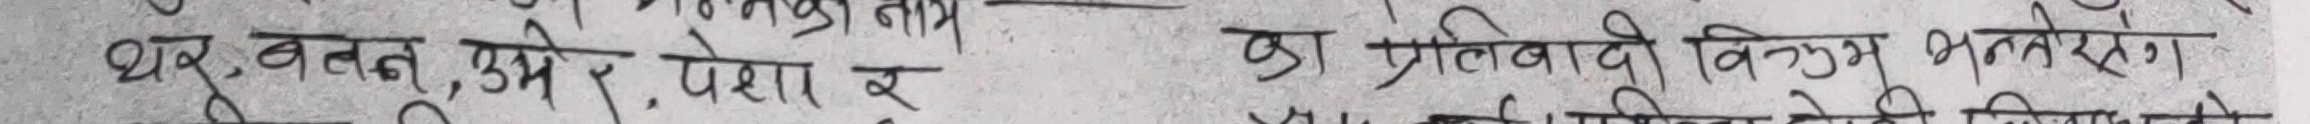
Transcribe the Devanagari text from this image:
थर, बदल, उमेर, पेशा र
का प्रतिवादी विरूद्ध झुतैछा।